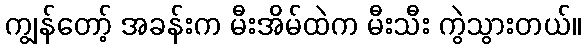
ကျွန်တော့် အခန်းက မီးအိမ်ထဲက မီးသီး ကွဲသွားတယ်။